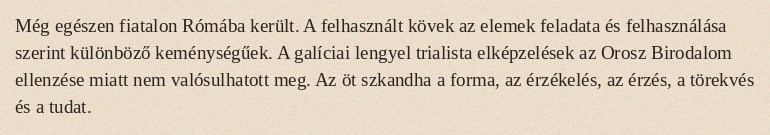
Még egészen fiatalon Rómába került. A felhasznált kövek az elemek feladata és felhasználása szerint különböző keménységűek. A galíciai lengyel trialista elképzelések az Orosz Birodalom ellenzése miatt nem valósulhatott meg. Az öt szkandha a forma, az érzékelés, az érzés, a törekvés és a tudat.